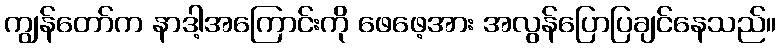
ကျွန်တော်က နာဒါ့အကြောင်းကို ဖေဖေ့အား အလွန်ပြောပြချင်နေသည်။